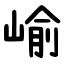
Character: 崳